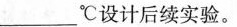
___________℃设计后续实验。